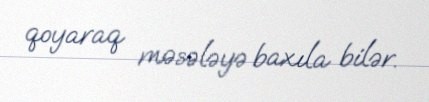
qoyaraq məsələyə baxıla bilər.